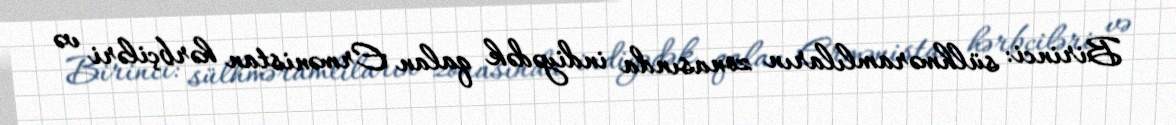
Birinci: sülhməramlıların zonasında indiyədək qalan Ermənistan hərbçiləri və